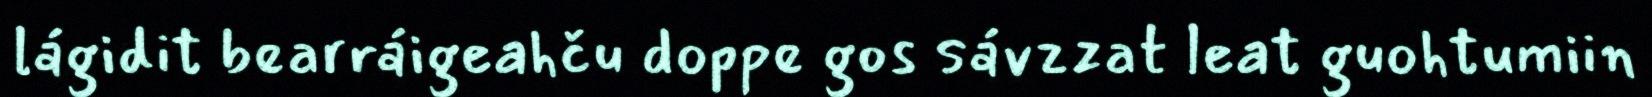
lágidit bearráigeahču doppe gos sávzzat leat guohtumiin